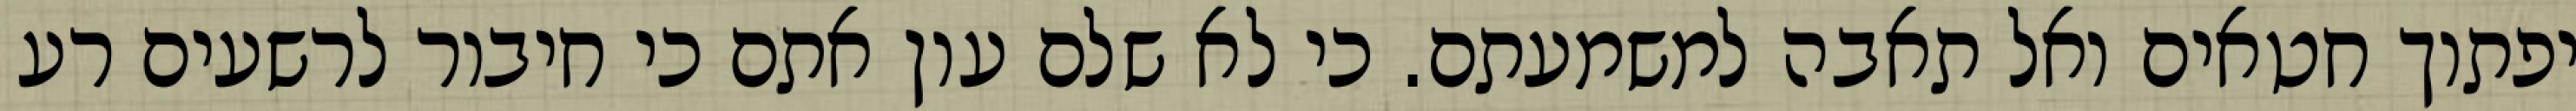
יפתוך חטאים ואל תאבה למשמעתם. כי לא שלם עון אתם כי חיבור לרשעים רע